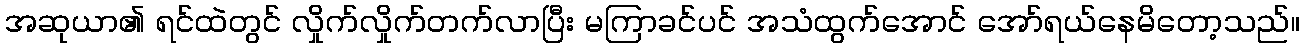
အဆုယာ၏ ရင်ထဲတွင် လှိုက်လှိုက်တက်လာပြီး မကြာခင်ပင် အသံထွက်အောင် အော်ရယ်နေမိတော့သည်။